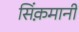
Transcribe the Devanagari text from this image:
सिंक़मानी